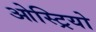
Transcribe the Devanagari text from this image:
ओस्ट्रियो